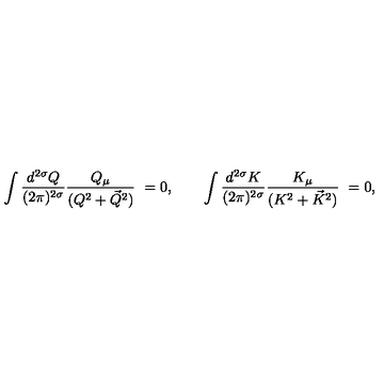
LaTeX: \int \frac { d ^ { 2 \sigma } Q } { ( 2 \pi ) ^ { 2 \sigma } } \frac { Q _ { \mu } } { ( Q ^ { 2 } + \vec { Q } ^ { 2 } ) } \ = 0 , \qquad \int \frac { d ^ { 2 \sigma } K } { ( 2 \pi ) ^ { 2 \sigma } } \frac { K _ { \mu } } { ( K ^ { 2 } + \vec { K } ^ { 2 } ) } \ = 0 ,